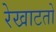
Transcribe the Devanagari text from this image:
रेखाटतो